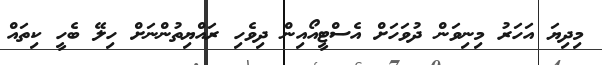
މިދިޔަ އަހަރު މިނިވަން ދުވަހަށް އެސްޓީއޯއިން ދިވެހި ރައްޔިތުންނަށް ހިލޭ ބެހީ ކިތައް